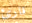
قارئ